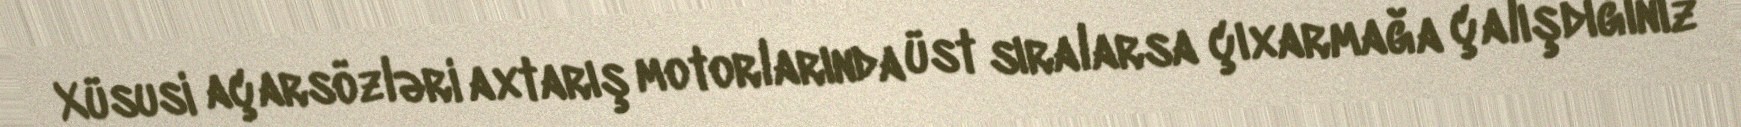
Xüsusi açarsözləri axtarış motorlarında üst sıralarsa çıxarmağa çalışdığınız